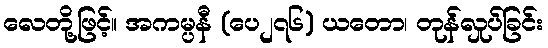
လေတို့ဖြင့်။ အကမ္ပနီ (ပေ၂၇၆) ယတော၊ တုန်လှုပ်ခြင်း